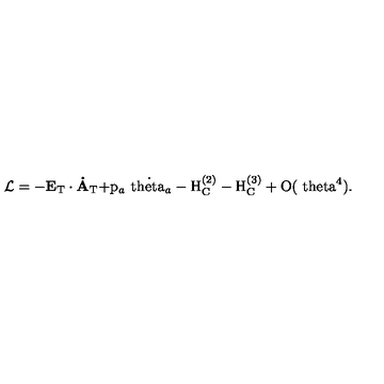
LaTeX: { \cal L } = - \bf E _ { \mathrm { T } } \cdot \dot { A } _ { \mathrm { T } } \mathrm { + p _ { \it a } \dot { \ t h e t a _ { \it a } } - H _ { C } ^ { ( 2 ) } - H _ { C } ^ { ( 3 ) } + O ( \ t h e t a ^ { 4 } ) . \vspace { 1 e m } }